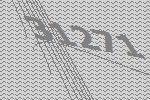
31271